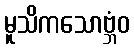
မူသိကသောဗ္ဘံဝ